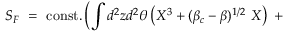
S _ { F } ~ = ~ \mathrm { c o n s t . } \left( \int d ^ { 2 } z d ^ { 2 } \theta \left( X ^ { 3 } + ( \beta _ { c } - \beta ) ^ { 1 / 2 } ~ X \right) ~ + ~ \right. \qquad \qquad \qquad \qquad \nonumber